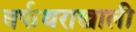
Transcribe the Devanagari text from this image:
बर्फथराखाली